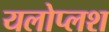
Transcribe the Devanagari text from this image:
यलोप्लश